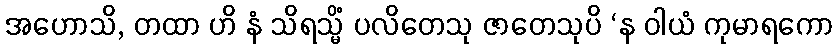
အဟောသိ, တထာ ဟိ နံ သိရသ္မိံ ပလိတေသု ဇာတေသုပိ ‘န ဝါယံ ကုမာရကော